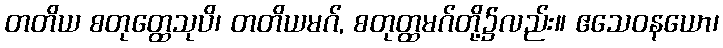
တတိယ စတုတ္ထေသုပိ၊ တတိယမဂ်, စတုတ္ထမဂ်တို့၌လည်း။ ဧသေဝနယော၊